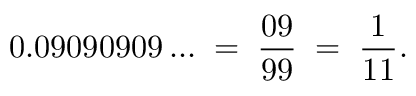
0 . 0 9 0 9 0 9 0 9 \ldots \; = \; { \frac { 0 9 } { 9 9 } } \; = \; { \frac { 1 } { 1 1 } } .